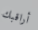
أراقبك